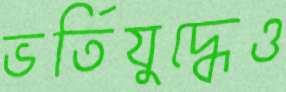
ভর্তিযুদ্ধেও